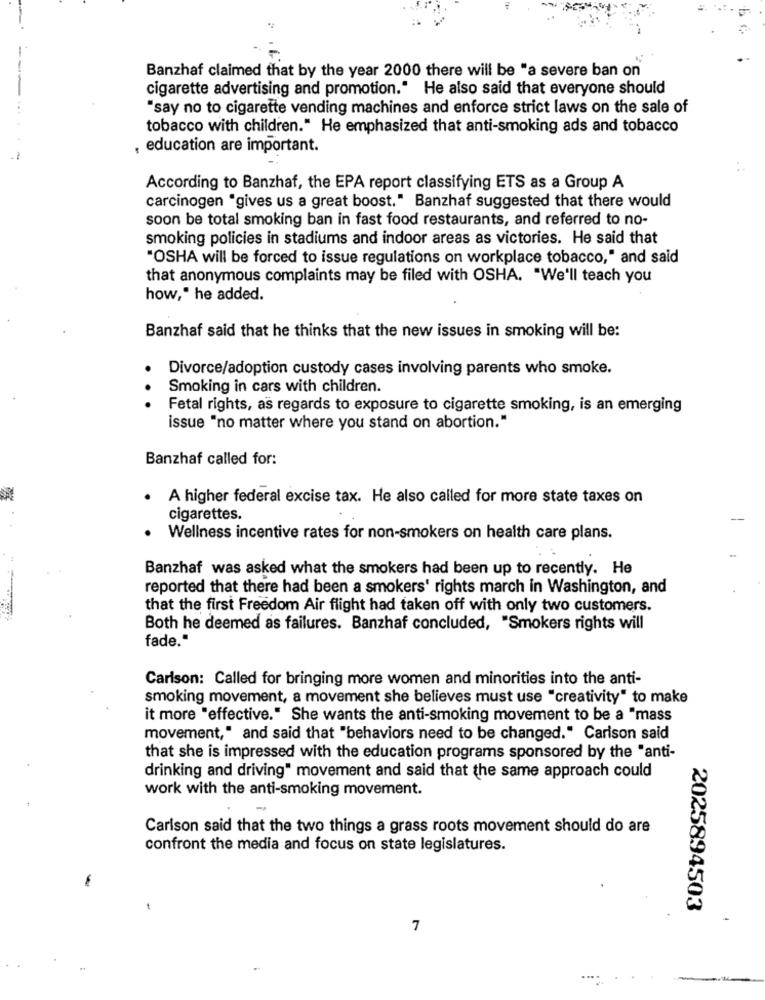
Banzhaf claimed that by the year 2000 there will be "a severe ban on
cigarette advertising and promotion." He also said that everyone should
"say no to cigarette vending machines and enforce strict laws on the sale of
tobacco with children." He emphasized that anti-smoking ads and tobacco
, education are important.
According to Banzhaf, the EPA report classifying ETS as a Group A
carcinogen "gives us a great boost." Banzhaf suggested that there would
soon be total smoking ban in fast food restaurants, and referred to no-
smoking policies in stadiums and indoor areas as victories. He said that
"OSHA will be forced to issue regulations on workplace tobacco," and said
that anonymous complaints may be filed with OSHA. "We'll teach you
how," he added.
Banzhaf said that he thinks that the new issues in smoking will be:
Divorce/adoption custody cases involving parents who smoke.
. .
Smoking in cars with children.
Fetal rights, as regards to exposure to cigarette smoking, is an emerging
issue "no matter where you stand on abortion."
Banzhaf called for:
A higher federal excise tax. He also called for more state taxes on
cigarettes.
Wellness incentive rates for non-smokers on health care plans.
Banzhaf was asked what the smokers had been up to recently. He
reported that there had been a smokers' rights march in Washington, and
that the first Freedom Air flight had taken off with only two customers.
Both he deemed as failures. Banzhaf concluded, "Smokers rights will
fade."
Carlson: Called for bringing more women and minorities into the anti-
smoking movement, a movement she believes must use "creativity" to make
it more "effective." She wants the anti-smoking movement to be a "mass
movement," and said that "behaviors need to be changed." Carlson said
that she is impressed with the education programs sponsored by the "anti-
drinking and driving" movement and said that the same approach could
work with the anti-smoking movement.
Carlson said that the two things a grass roots movement should do are
confront the media and focus on state legislatures.
2025894503
7
--